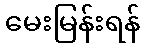
မေးမြန်းရန်